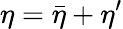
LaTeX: {\eta}={\bar{\eta}}+{\eta}^{\prime}